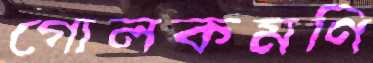
গোলকমণি